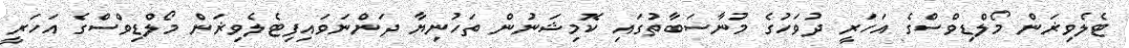
ޓެލެވިޜަން މޯލްޑިވްސްގެ އަހަރީ ދުވަހުގެ މުނާސަބާތުގައި ކޮމިޝަނުން ތަހުނިޔާ ދަންނަވައިފިޓެލެވިޜަން މޯލްޑިވްސްގެ އަހަރީ